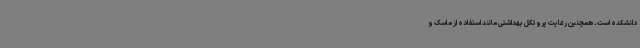
دانشکده است. همچنین رعایت پروتکل‌ بهداشتی مانند استفاده از ماسک و